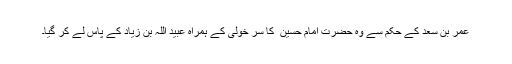
عمر بن سعد کے حکم سے وہ حضرت امام حسین ؑ کا سر خولی کے ہمراہ عبید اللہ بن زیاد کے پاس لے کر گیا۔